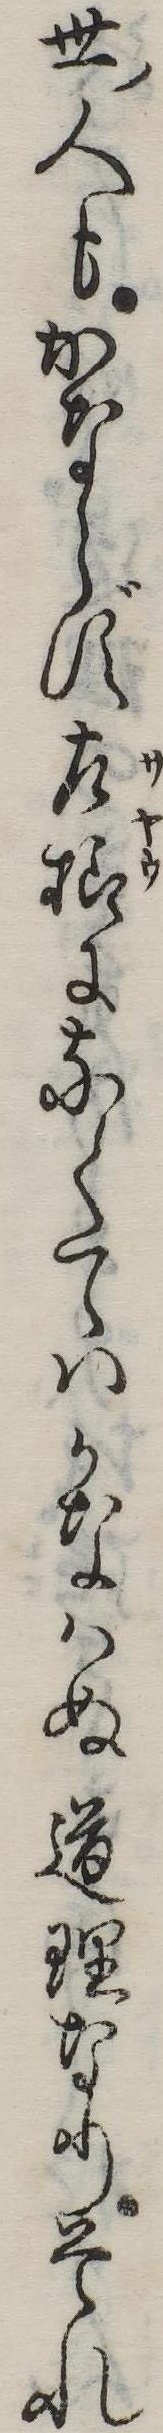
世人もかならず左様になくてはかなはぬ道理なりそれ